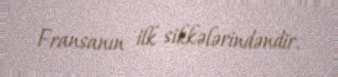
Fransanın ilk sikkələrindəndir.